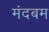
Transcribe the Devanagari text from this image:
मंदबम